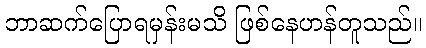
ဘာဆက်ပြောရမှန်းမသိ ဖြစ်နေဟန်တူသည်။